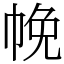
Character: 㡈